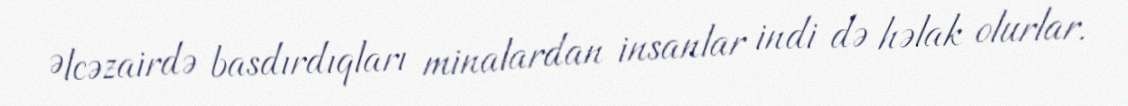
Əlcəzairdə basdırdıqları minalardan insanlar indi də həlak olurlar.